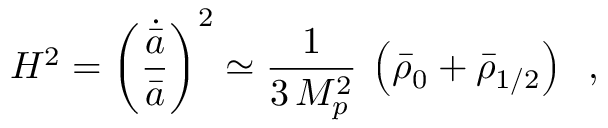
H ^ { 2 } = \left( \frac { \dot { \bar { a } } } { \bar { a } } \right) ^ { 2 } \simeq \frac { 1 } { 3 \, M _ { p } ^ { 2 } } \: \left( \bar { \rho } _ { 0 } + \bar { \rho } _ { 1 / 2 } \right) \; \; ,